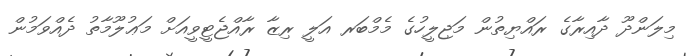
މިލަންދޫ ދާއިރާގެ ރައްޔިތުން މަޖިލީހުގެ މެމްބަރ އަލީ ރިޒާ ރާއްޖެޓީވީއަށް މަޢުލޫމާތު ދެއްވަމުން